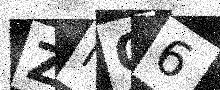
Text: ZNO6